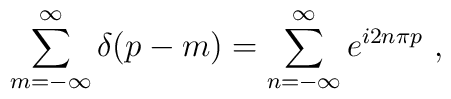
\sum^\infty_{m=-\infty}\delta\!\left( p-m\right)=\sum^\infty_{n=-\infty}e^{i2n\pi p}\ ,